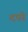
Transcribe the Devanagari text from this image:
दपरे